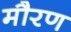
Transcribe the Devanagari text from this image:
मौरण